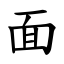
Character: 面